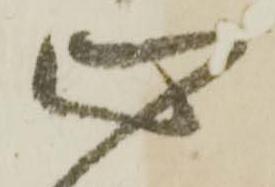
心